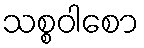
သစ္စဝါစော